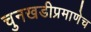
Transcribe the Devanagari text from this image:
चुनखडीप्रमाणेच